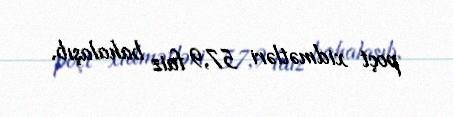
poçt xidmətləri 57,9 faiz bahalaşıb.